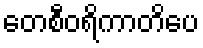
တေစီဝရိကာတိပေ